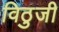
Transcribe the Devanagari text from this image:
विठुजी